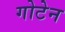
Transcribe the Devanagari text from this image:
गोटेन